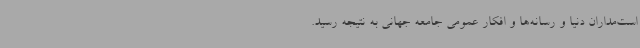
است‌مداران دنیا و رسانه‌ها و افکار عمومی جامعه جهانی به نتیجه رسید.